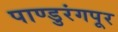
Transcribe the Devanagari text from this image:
पाण्डुरंगपूर